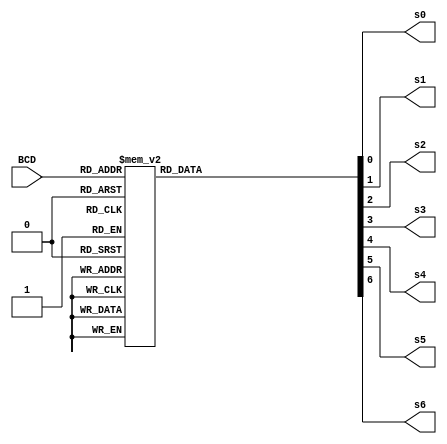
module bcd_to_7seg(BCD, s0, s1, s2, s3, s4, s5, s6); 
output s0, s1, s2, s3, s4, s5, s6; 
input [3:0] BCD; 
reg s0, s1, s2, s3, s4, s5, s6; 
always @ (BCD) 
begin // BCD to 7-segment decoding 
case (BCD) // s0 - s6 are active low 
4'b0000: begin s0=0; s1=0; s2=0; s3=1; s4=0; s5=0; s6=0; end
4'b0001: begin s0=1; s1=0; s2=1; s3=1; s4=0; s5=1; s6=1; end 
4'b0010: begin s0=0; s1=1; s2=0; s3=0; s4=0; s5=1; s6=0; end 
4'b0011: begin s0=0; s1=0; s2=1; s3=0; s4=0; s5=1; s6=0; end 
4'b0100: begin s0=1; s1=0; s2=1; s3=0; s4=0; s5=0; s6=1; end
4'b0101: begin s0=0; s1=0; s2=1; s3=0; s4=1; s5=0; s6=0; end
4'b0110: begin s0=0; s1=0; s2=0; s3=0; s4=1; s5=0; s6=0; end 
4'b0111: begin s0=1; s1=0; s2=1; s3=1; s4=0; s5=1; s6=0; end 
4'b1000: begin s0=0; s1=0; s2=0; s3=0; s4=0; s5=0; s6=0; end
4'b1001: begin s0=0; s1=0; s2=1; s3=0; s4=0; s5=0; s6=0; end 
default: begin s0=1; s1=1; s2=1; s3=1; s4=1; s5=1; s6=1; end
endcase
end
endmodule  // end bcd_to_7seg